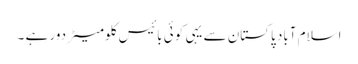
اسلام آباد پاکستان سے یہی کوئی بائیس کلومیٹر دور ہے ۔